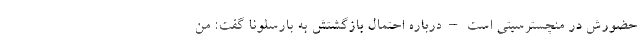
حضورش در منچسترسیتی است – درباره احتمال بازگشتش به بارسلونا گفت: من